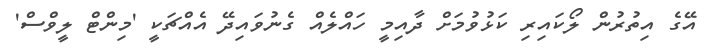
އޭގެ އިތުރުން ލޯކައިރި ކަޅުވުމަށް ދާއިމީ ހައްލެއް ގެނުވައިދޭ އެއްޗަކީ 'މިންޓް ލީވްސް'